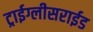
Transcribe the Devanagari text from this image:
ट्राईग्लीसराईड